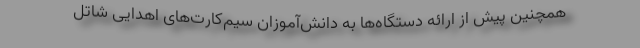
همچنین پیش از ارائه دستگاه‌ها به دانش‌آموزان سیم‌کارت‌های اهدایی شاتل